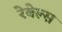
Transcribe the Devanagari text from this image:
रेबेल्स